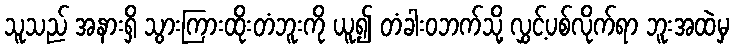
သူသည် အနားရှိ သွားကြားထိုးတံဘူးကို ယူ၍ တံခါးဝဘက်သို့ လွှင့်ပစ်လိုက်ရာ ဘူးအထဲမှ